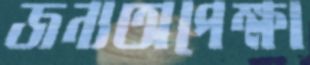
জন্যঅপেক্ষা